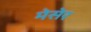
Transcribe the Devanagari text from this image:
मेसेर